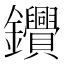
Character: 𨰷